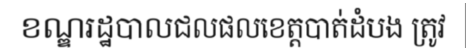
ខណ្ឌរដ្ឋបាលជលផលខេត្តបាត់ដំបង ត្រូវ